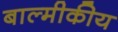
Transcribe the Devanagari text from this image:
बाल्मीकीय